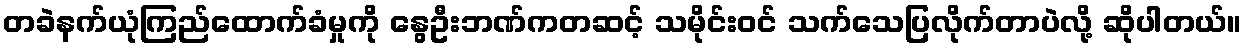
တခဲနက်ယုံကြည်ထောက်ခံမှုကို နွေဦးဘဏ်ကတဆင့် သမိုင်းဝင် သက်သေပြလိုက်တာပဲလို့ ဆိုပါတယ်။